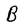
Character: B